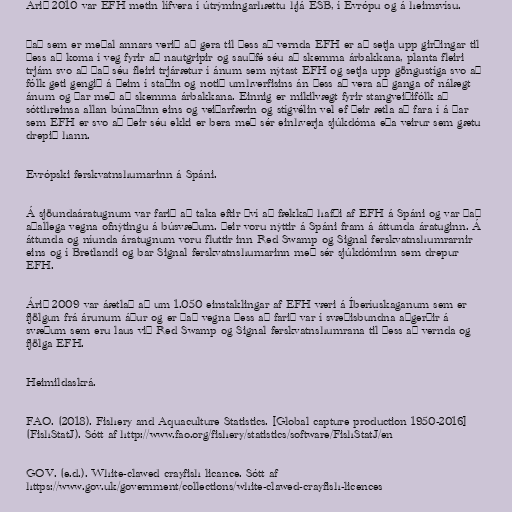
Árið 2010 var EFH metin lífvera í útrýmingarhættu hjá ESB, í Evrópu og á heimsvísu.

Það sem er meðal annars verið að gera til þess að vernda EFH er að setja upp girðingar til
þess að koma í veg fyrir að nautgripir og sauðfé séu að skemma árbakkana, planta fleiri
trjám svo að það séu fleiri trjárætur í ánum sem nýtast EFH og setja upp göngustíga svo að
fólk geti gengið á þeim í staðin og notið umhverfisins án þess að vera að ganga of nálægt
ánum og þar með að skemma árbakkana. Einnig er mikilvægt fyrir stangveiðifólk að
sótthreinsa allan búnaðinn eins og veiðarfærin og stígvélin vel ef þeir ætla að fara í á þar
sem EFH er svo að þeir séu ekki er bera með sér einhverja sjúkdóma eða veirur sem gætu
drepið hann.

Evrópski ferskvatnshumarinn á Spáni.

Á sjöundaáratugnum var farið að taka eftir því að fækkað hafði af EFH á Spáni og var það
aðallega vegna ofnýtingu á búsvæðum. Þeir voru nýttir á Spáni fram á áttunda áratuginn. Á
áttunda og níunda áratugnum voru fluttir inn Red Swamp og Signal ferskvatnshumrarnir
eins og í Bretlandi og bar Signal ferskvatnshumarinn með sér sjúkdóminn sem drepur
EFH.

Árið 2009 var áætlað að um 1.050 einstaklingar af EFH væri á Íberíuskaganum sem er
fjölgun frá árunum áður og er það vegna þess að farið var í svæðisbundna aðgerðir á
svæðum sem eru laus við Red Swamp og Signal ferskvatnshumrana til þess að vernda og
fjölga EFH.

Heimildaskrá.

FAO. (2018). Fishery and Aquaculture Statistics. [Global capture production 1950-2016]
(FishStatJ). Sótt af http://www.fao.org/fishery/statistics/software/FishStatJ/en

GOV. (e.d.). White-clawed crayfish licance. Sótt af
https://www.gov.uk/government/collections/white-clawed-crayfish-licences